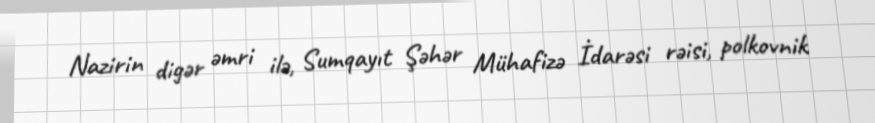
Nazirin digər əmri ilə, Sumqayıt Şəhər Mühafizə İdarəsi rəisi, polkovnik